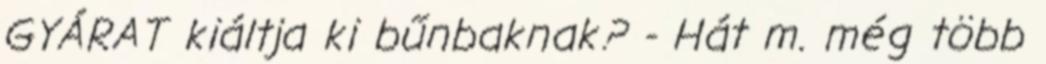
GYÁRAT kiáltja ki bűnbaknak? - Hát m. még több